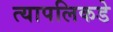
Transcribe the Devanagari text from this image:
त्यापलिकडे